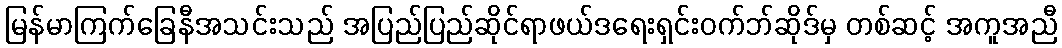
မြန်မာကြက်ခြေနီအသင်းသည် အပြည်ပြည်ဆိုင်ရာဖယ်ဒရေးရှင်းဝက်ဘ်ဆိုဒ်မှ တစ်ဆင့် အကူအညီ